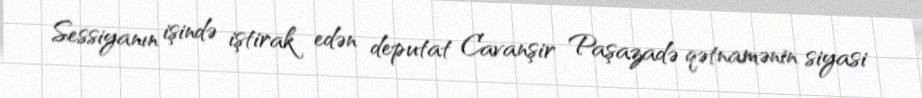
Sessiyanın işində iştirak edən deputat Cavanşir Paşazadə qətnamənin siyasi